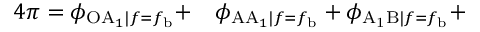
\begin{array} { r l } { 4 \pi = \phi _ { \mathrm { O A } _ { 1 } | f = f _ { \mathrm { b } } } + } & { { } \phi _ { \mathrm { A A } _ { 1 } | f = f _ { \mathrm { b } } } + \phi _ { \mathrm { A _ { 1 } B } | f = f _ { \mathrm { b } } } + } \end{array}